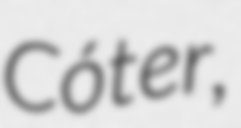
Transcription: Cóter,